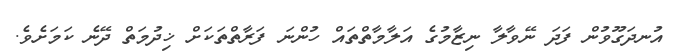
އުނދަގޫވުން ފަދަ ނޭވާލާ ނިޒާމުގެ އަލާމާތްތައް ހުންނަ ފަރާތްތަކަށް ޚިދުމަތް ދޭނެ ކަމަށެވެ.